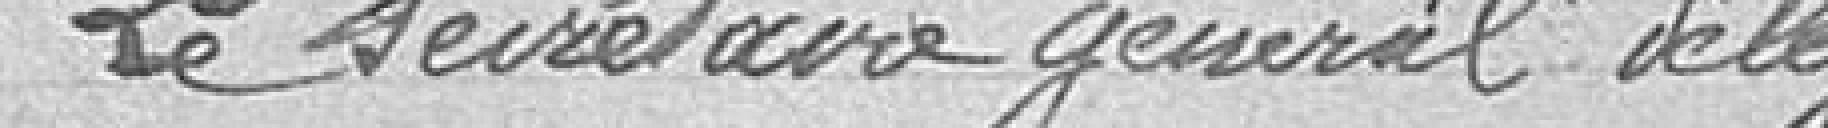
Le Secrétaire général délégué